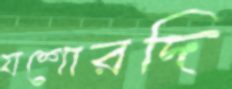
যশোরদি